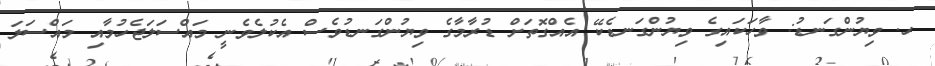
ހ. ވިޔުންގަނޑު: ވާހަކައިގެ ވިޔުންގަނޑެކޭ އެއްގޮތަށް ޑުރާމާގެ ވިޔުންގަނޑުވެސް އެކުލެވެނީ މައްސަލަޖެހުމާއި މައްސަލަ